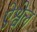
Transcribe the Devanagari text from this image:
ऐश्वेल